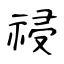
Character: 祲